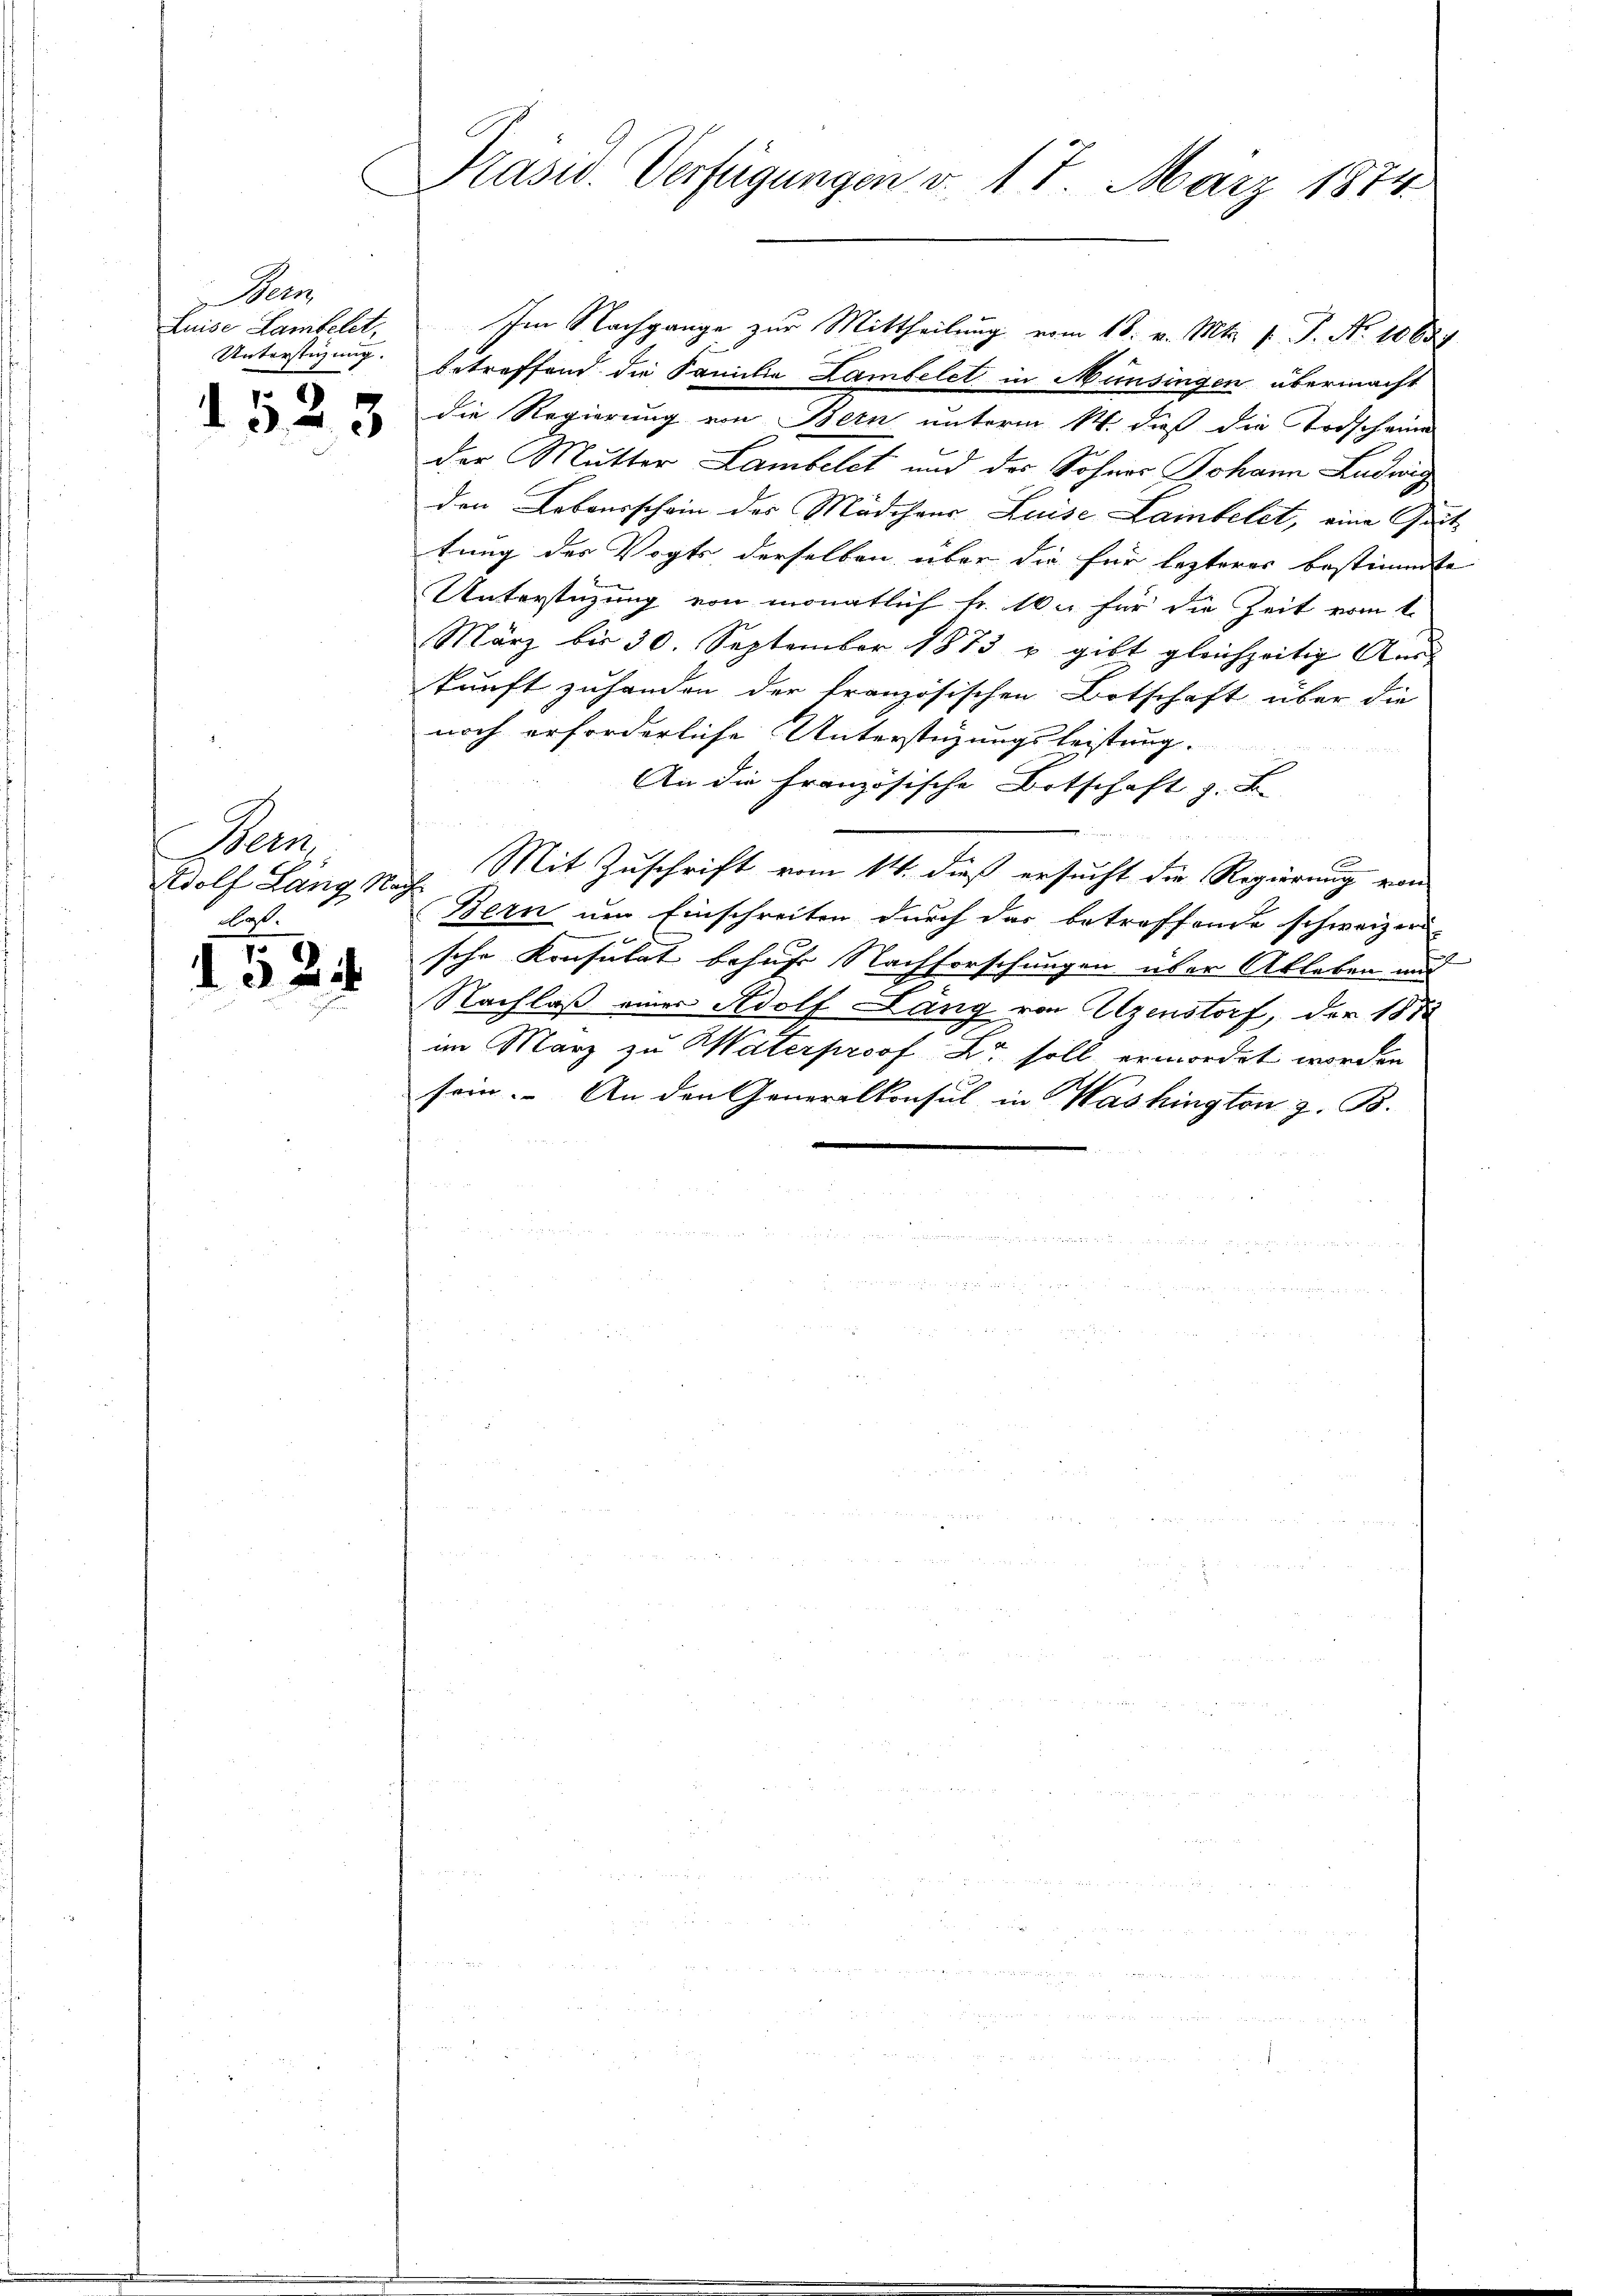
Bern
Luise Lambelet,
Unterstüzung.
7

33

Ber
Wolf Lang Nach
clos.

52

Präsid. Verfügungen v. 17. März 1874

Im Nachgange zur Mittheilung vom 18. v. Mts. 1. P. Nr. 1068
betreffend die Familie Lambelet in Münsingen übermacht
die Regierung von Bern unterm 14. daß die Todscheine
der Mutter Lambelet und des Sohner Johann Ludwig
den Lebensschein des Mädchens Luise Lainbelet, eine Quittung des Vogts derselben über die für lezteres bestimmte
Unterstüzung von monatlich Fr. 10. für die Zeit vom 1.
März bis 30. September 1873 u. gibt gleichzeitig Ans
kunft zuhanden der französischen Botschaft über die
noch erforderliche Unterstützungsleistung.
An die Französische Botschaft z. B.
r
Mit Zuschrift vom 14. dieß ersucht die Regierung vom
Bern um Einschreiten durch das betreffende schweizer-
sche Konsulat behufe Nachforschungen über Ableben und
Nachlaß einer Adolf Lang von Uzenstorf, der 1873
im März zu Materproof Xr soll ermordet worden
sein. An den Generalkonsul in Washington z. B.